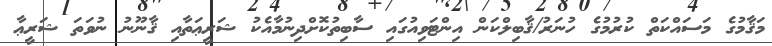
މަޤާމުގެ މަސައްކަތް ކުރުމުގެ ހުނަރު/ޤާބިލްކަން އިންޓަވިއުގައި ސާބިތުކޮށްދިނުމާއެކު ޝަރީޢަތާއި ޤާނޫނު ނުވަތަ ޝަރީޢާ